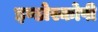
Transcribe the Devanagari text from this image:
इण्डोस्कोपी